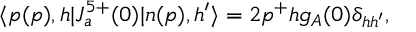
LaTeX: \langle p ( p ) , h | J _ { a } ^ { 5 + } ( 0 ) | n ( p ) , h ^ { \prime } \rangle = 2 p ^ { + } h g _ { A } ( 0 ) \delta _ { h h ^ { \prime } } ,